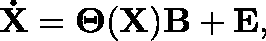
\mathbf { \dot { X } } = \mathbf { \Theta } ( \mathbf { X } ) { \mathbf { B } } + \mathbf { E } ,